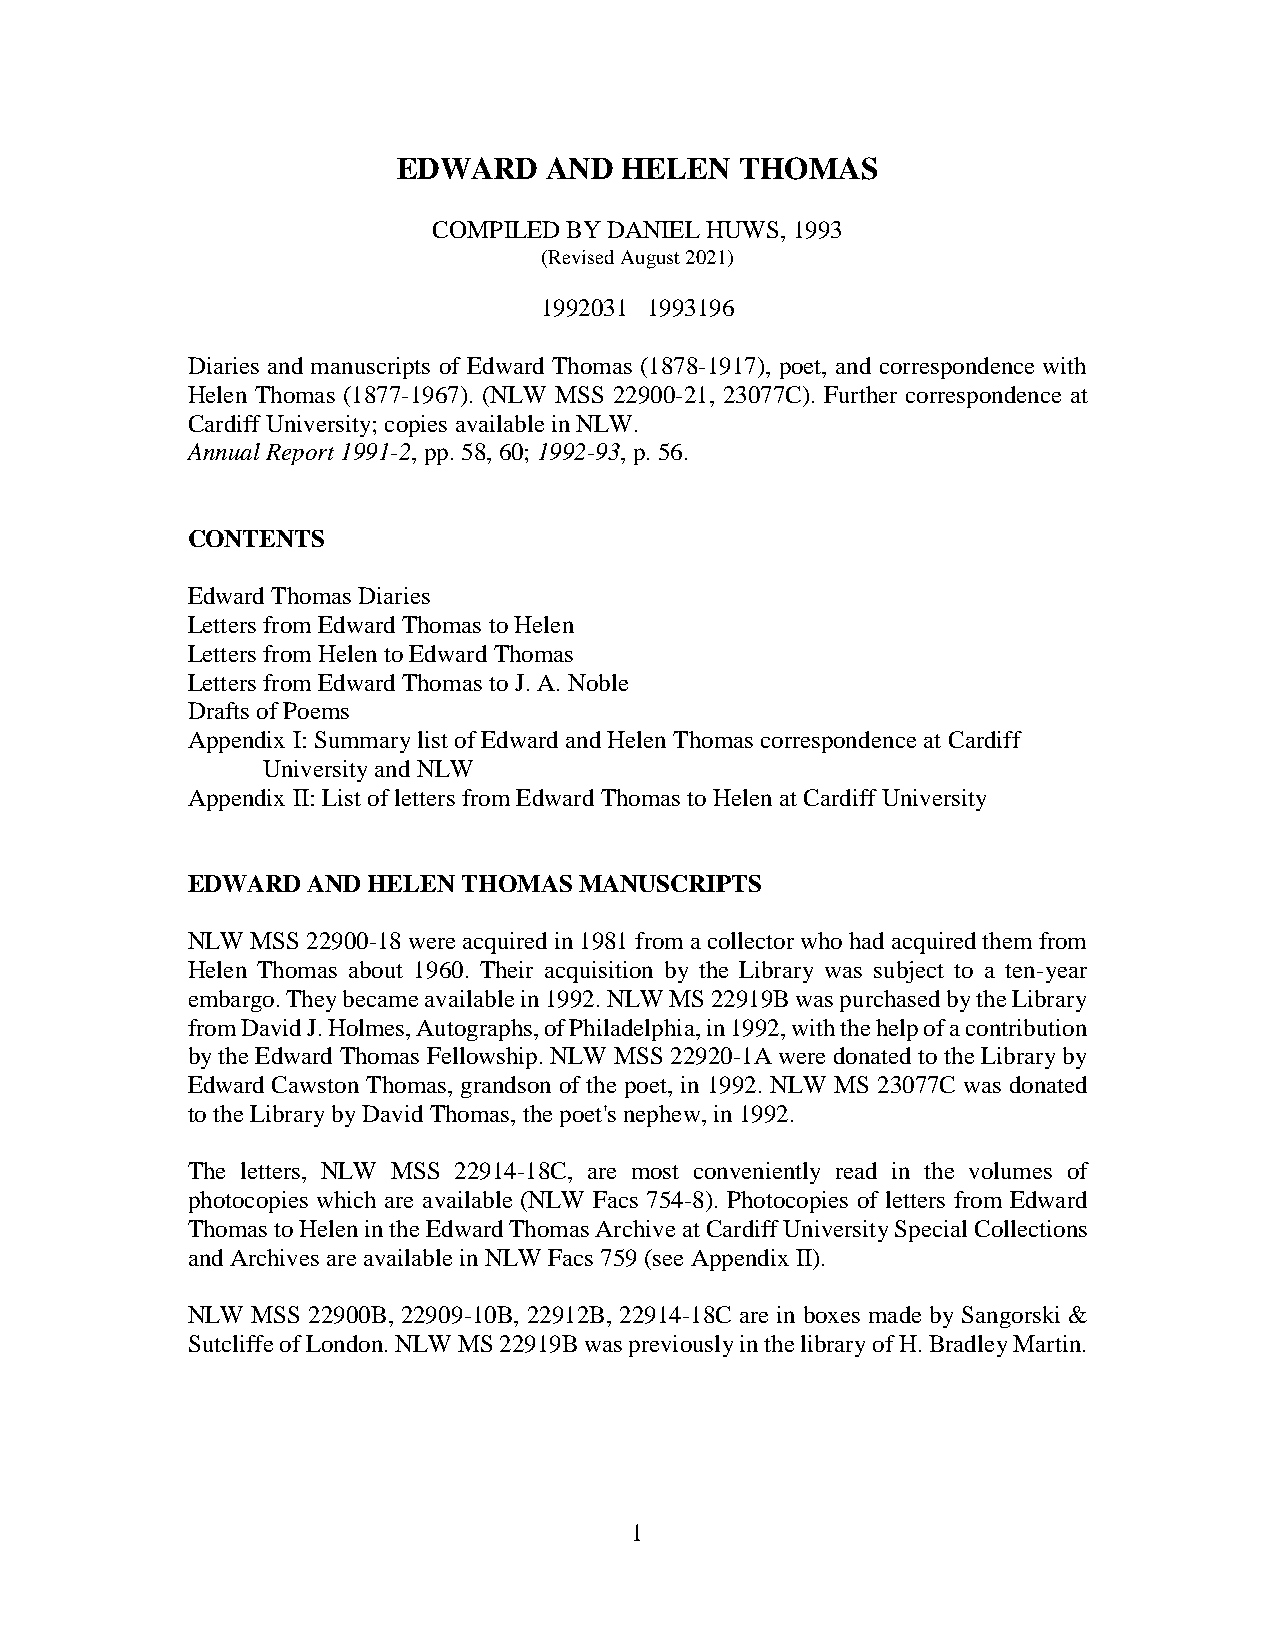
EDWARD    AND  HELEN   THOMAS
 COMPILED BY DANIEL HUWS, 1993
 (Revised August 2021)
 1992031 1993196
 Diaries and manuscripts of Edward Thomas (1878-1917), poet, and correspondence with
 Helen Thomas (1877-1967). (NLW MSS 22900-21, 23077C). Further correspondence at
 Cardiff University; copies available in NLW.
 Annual Report 1991-2, pp. 58, 60; 1992-93, p. 56.
 CONTENTS
 Edward Thomas Diaries
 Letters from Edward Thomas to Helen
 Letters from Helen to Edward Thomas
 Letters from Edward Thomas to J. A. Noble
 Drafts of Poems
 Appendix I: Summary list of Edward and Helen Thomas correspondence at Cardiff
 University and NLW
 Appendix II: List of letters from Edward Thomas to Helen at Cardiff University
 EDWARD  AND HELEN  THOMAS MANUSCRIPTS
 NLW  MSS 22900-18 were acquired in 1981 from a collector who had acquired them from
 Helen Thomas about 1960. Their acquisition by the Library was subject to a ten-year
 embargo. They became available in 1992. NLW MS 22919B was purchased by the Library
 from David J. Holmes, Autographs, of Philadelphia, in 1992, with the help of a contribution
 by the Edward Thomas Fellowship. NLW MSS 22920-1A were donated to the Library by
 Edward Cawston Thomas, grandson of the poet, in 1992. NLW MS 23077C was donated
 to the Library by David Thomas, the poet's nephew, in 1992.
 The letters, NLW MSS 22914-18C, are most conveniently read in the volumes of
 photocopies which are available (NLW Facs 754-8). Photocopies of letters from Edward
 Thomas to Helen in the Edward Thomas Archive at Cardiff University Special Collections
 and Archives are available in NLW Facs 759 (see Appendix II).
 NLW  MSS 22900B, 22909-10B, 22912B, 22914-18C are in boxes made by Sangorski &
 Sutcliffe of London. NLW MS 22919B was previously in the library of H. Bradley Martin.
 1